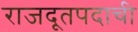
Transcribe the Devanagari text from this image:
राजदूतपदाची